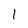
Character: l